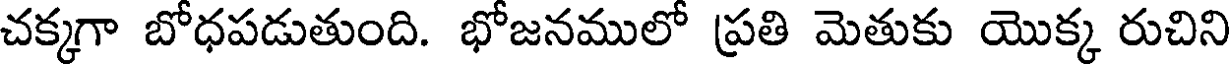
చక్కగా బోధపడుతుంది. భోజనములో ప్రతి మెతుకు యొక్క రుచిని